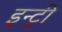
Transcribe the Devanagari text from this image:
इन्ट्री